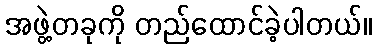
အဖွဲ့တခုကို တည်ထောင်ခဲ့ပါတယ်။